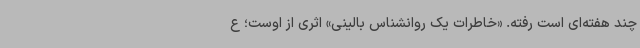
چند هفته‌ای است رفته. «خاطرات یک روانشناس بالینی» اثری از اوست؛ ع